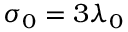
\sigma _ { 0 } = 3 \lambda _ { 0 }